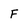
Character: F